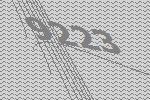
9223